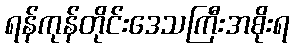
ရန်ကုန်တိုင်းဒေသကြီးအစိုးရ